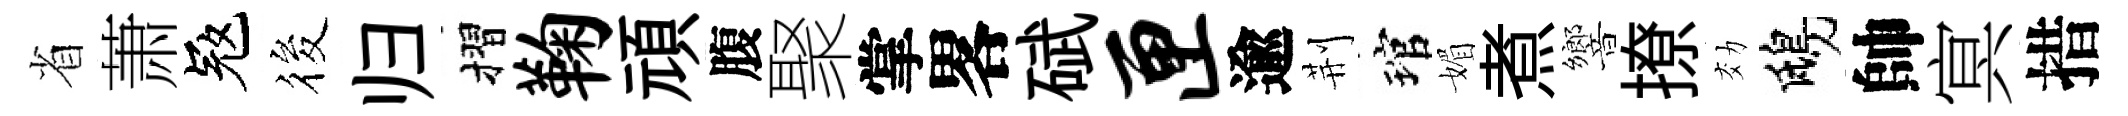
省萧冦筱归摺鞠頑腹聚掌畧碔匣逾荆琯媚煮響撩効鴟帥㝠措